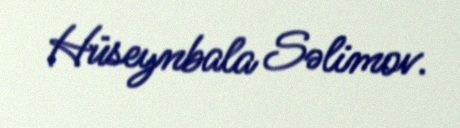
Hüseynbala Səlimov.